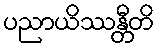
ပညာယိဿန္တီတိ